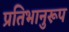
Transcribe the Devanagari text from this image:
प्रतिभानुरूप